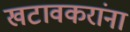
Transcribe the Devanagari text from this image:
खटावकरांना